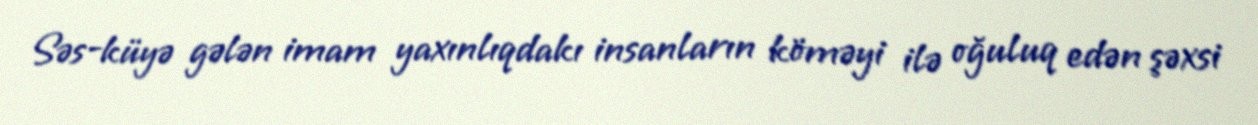
Səs-küyə gələn imam yaxınlıqdakı insanların köməyi ilə oğuluq edən şəxsi